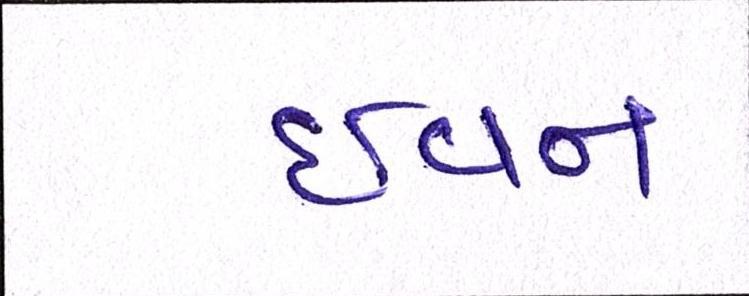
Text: ઇવન